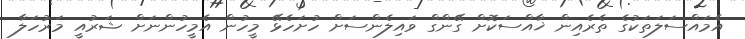
އެމައްސަލަތަކުގެ ތެރެއިން ޚާއްސަކޮށް ގޭންގް ވައިލެންސަށް ހުށަހެޅޭ މީހުން އެމީހުންނަށް ޝަރުއީ މަރުހަލާ